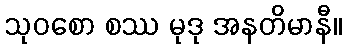
သုဝစော စဿ မုဒု အနတိမာနီ။